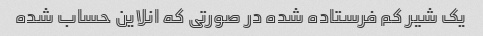
یک شیر کم فرستاده شده در صورتی که انلاین حساب شده